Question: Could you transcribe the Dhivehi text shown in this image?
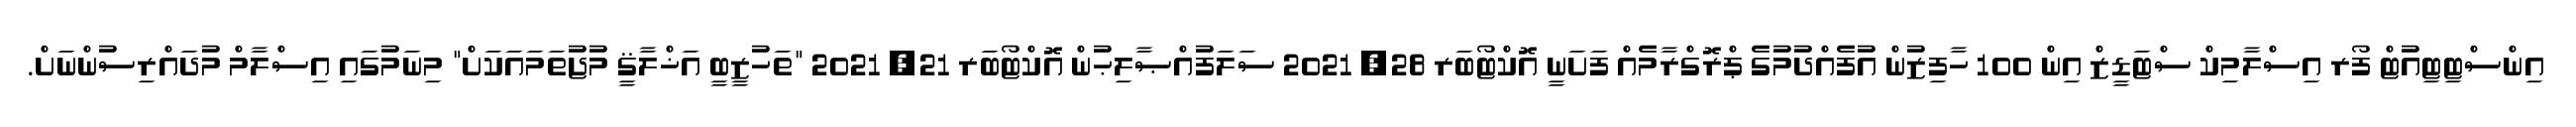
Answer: އިންސްޓިޓިއުޓް ފޯރ އިސްލާމިކް ސްޓަޑީޒް އިން 100 ހާފިޒުން އުފެއްދުމުގެ ޕްރޮގްރާމެއް ފަށަނީ އޮކްޓޯބަރ 28, 2021 ސަލަފުއްޞާލިޙުން އޮކްޓޯބަރ 21, 2021 "ތަހުޒީބީ އަޚްލާޤީ މުޖުތަމައަކަށް" މިނަމުގައި އިސްލާމް މުދައްރިސުންނަށް.